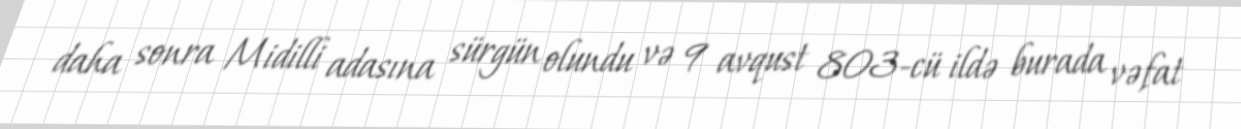
daha sonra Midilli adasına sürgün olundu və 9 avqust 803-cü ildə burada vəfat